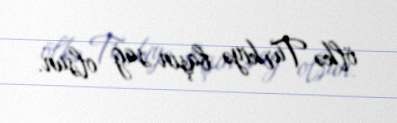
ölkə Türkiyə başın sağ olsun.